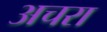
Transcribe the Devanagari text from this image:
अचरा